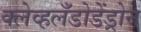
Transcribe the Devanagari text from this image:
क्लेव्हलँडोडेंड्रोन